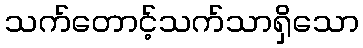
သက်တောင့်သက်သာရှိသော